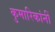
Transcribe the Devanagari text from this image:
कुमारिकांनीं